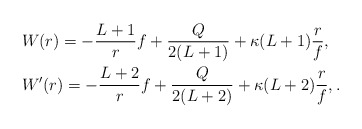
\begin{align*} &W(r) = - \frac{L+1}{r}f + \frac{Q}{2(L+1)} + \kappa(L+1) \frac{r}{f}, \\ &W'(r) = - \frac{L+2}{r}f + \frac{Q}{2(L+2)} + \kappa(L+2) \frac{r}{f},. \end{align*}